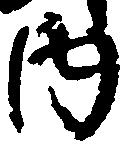
内